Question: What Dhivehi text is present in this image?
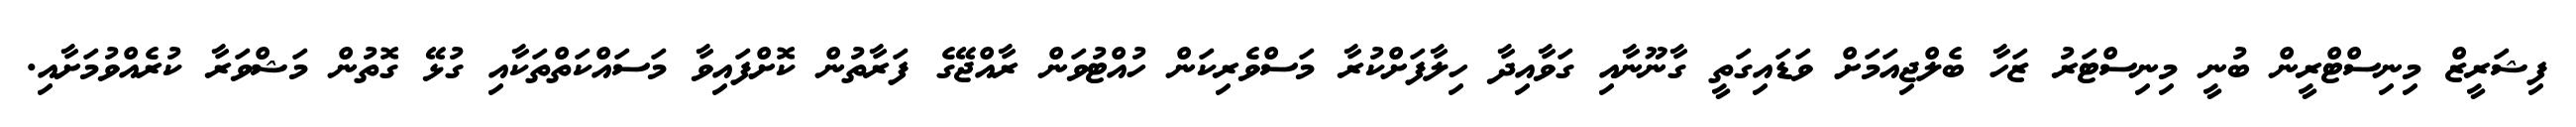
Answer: ފިޝަރީޒް މިނިސްޓްރީން ބުނީ މިނިސްޓަރު ޒަހާ ބެލްޖިއަމަށް ވަޑައިގަތީ ގާނޫނާއި ގަވާއިދާ ހިލާފަށްކުރާ މަސްވެރިކަން ހުއްޓުވަން ރާއްޖޭގެ ފަރާތުން ކޮށްފައިވާ މަސައްކަތްތަކާއި ގުޅޭ ގޮތުން މަޝްވަރާ ކުރެއްވުމަށާއި.